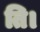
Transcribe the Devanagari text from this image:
ति।